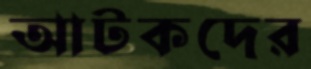
আটকদের